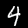
Label: 4